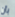
بأن